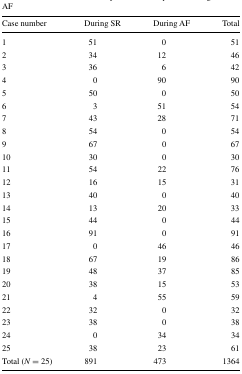
<table><thead><tr><td><b>Case number</b></td><td><b>During SR</b></td><td><b>During AF</b></td><td><b>Total</b></td></tr></thead><tbody><tr><td>1</td><td>51</td><td>0</td><td>51</td></tr><tr><td>2</td><td>34</td><td>12</td><td>46</td></tr><tr><td>3</td><td>36</td><td>6</td><td>42</td></tr><tr><td>4</td><td>0</td><td>90</td><td>90</td></tr><tr><td>5</td><td>50</td><td>0</td><td>50</td></tr><tr><td>6</td><td>3</td><td>51</td><td>54</td></tr><tr><td>7</td><td>43</td><td>28</td><td>71</td></tr><tr><td>8</td><td>54</td><td>0</td><td>54</td></tr><tr><td>9</td><td>67</td><td>0</td><td>67</td></tr><tr><td>10</td><td>30</td><td>0</td><td>30</td></tr><tr><td>11</td><td>54</td><td>22</td><td>76</td></tr><tr><td>12</td><td>16</td><td>15</td><td>31</td></tr><tr><td>13</td><td>40</td><td>0</td><td>40</td></tr><tr><td>14</td><td>13</td><td>20</td><td>33</td></tr><tr><td>15</td><td>44</td><td>0</td><td>44</td></tr><tr><td>16</td><td>91</td><td>0</td><td>91</td></tr><tr><td>17</td><td>0</td><td>46</td><td>46</td></tr><tr><td>18</td><td>67</td><td>19</td><td>86</td></tr><tr><td>19</td><td>48</td><td>37</td><td>85</td></tr><tr><td>20</td><td>38</td><td>15</td><td>53</td></tr><tr><td>21</td><td>4</td><td>55</td><td>59</td></tr><tr><td>22</td><td>32</td><td>0</td><td>32</td></tr><tr><td>23</td><td>38</td><td>0</td><td>38</td></tr><tr><td>24</td><td>0</td><td>34</td><td>34</td></tr><tr><td>25</td><td>38</td><td>23</td><td>61</td></tr><tr><td>Total (<i>N</i> = 25)</td><td>891</td><td>473</td><td>1364</td></tr></tbody></table>